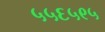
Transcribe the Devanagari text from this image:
५५६५९५